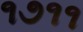
૧૭૧૧